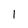
Character: 1